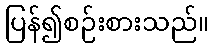
ပြန်၍စဉ်းစားသည်။